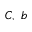
C , \ b